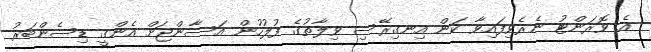
އެ ވޮރަންޓު ނެރެވިފައިވާ ކަން އިނގިރޭސި ވިލާތުގެ ފުލުހުން އަސާންޖަށް އެންގީ ޑިސެންބަރު